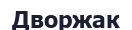
Дворжак